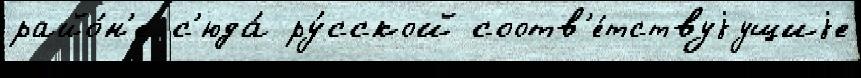
райо́н'е с'юда́ ру́сской соотв'е́тствуjущиjе